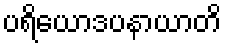
ပရိယောဒပနာယာတိ